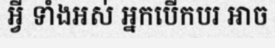
អ្វី ទាំងអស់ អ្នកបើកបរ អាច